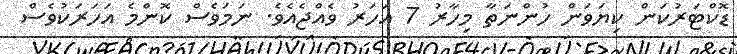
ޑޮކްޓަރުކަން ކިޔަވަން ހުންނަތާ މިހާރު 7 އަހަރު ވެއްޖެއެވެ. ނަމަވެސް ކޮންމެ އަހަރަކުވެސް